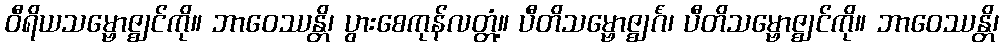
ဝီရိယသမ္ဗောဇ္ဈင်ကို။ ဘာဝေဿန္တိ၊ ပွားစေကုန်လတ္တံ့။ ပီတိသမ္ဗောဇ္ဈင်္ဂံ၊ ပီတိသမ္ဗောဇ္ဈင်ကို။ ဘာဝေဿန္တိ၊